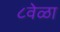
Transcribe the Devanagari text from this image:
८वेळा